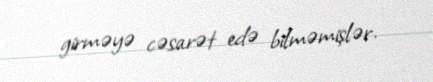
girməyə cəsarət edə bilməmişlər.